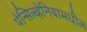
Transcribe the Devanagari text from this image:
पेन्सिल्व्हेनियामधील